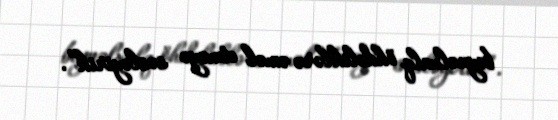
beynəlxalq öhdəliklərə əməl etməyə səsləyirik”.